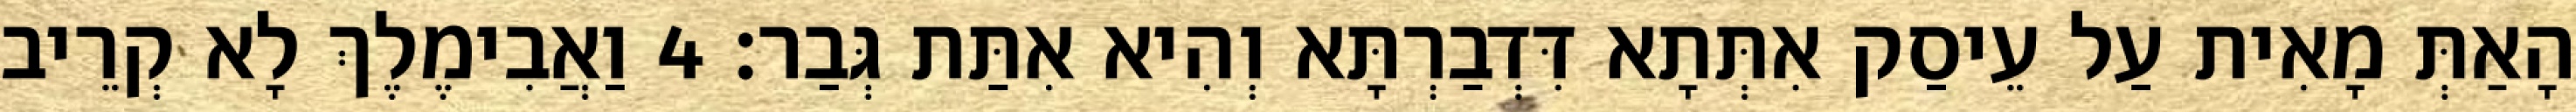
הָאַתְּ מָאִית עַל עֵיסַק אִתְּתָא דִּדְבַרְתָּא וְהִיא אִתַּת גְּבַר׃ 4 וַאֲבִימֶלֶךְ לָא קְרֵיב